Report on vaccination for the Province of Oudh 1873 -
Year: 1873
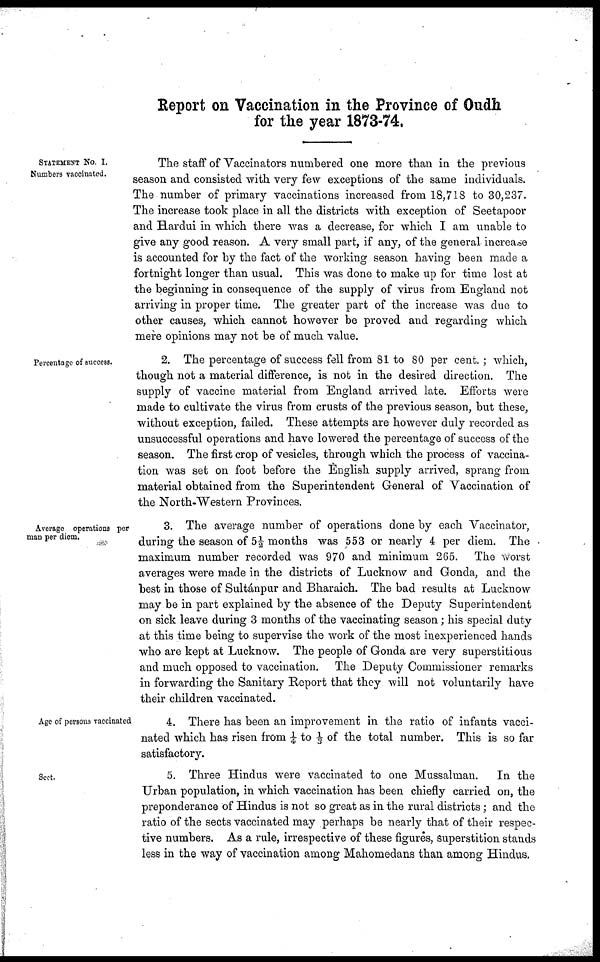
Report on Vaccination in the Province of Oudh
for the year 1873-74.
STATEMENT No. I.
Numbers vaccinated.
The staff of Vaccinators numbered one more than in the previous
season and consisted with very few exceptions of the same individuals.
The number of primary vaccinations increased from 18,718 to 30,237.
The increase took place in all the districts with exception of Seetapoor
and Hardui in which there was a decrease, for which I am unable to
give any good reason. A very small part, if any, of the general increase
is accounted for by the fact of the working season having been made a
fortnight longer than usual. This was done to make up for time lost at
the beginning in consequence of the supply of virus from England not
arriving in proper time. The greater part of the increase was due to
other causes, which cannot however be proved and regarding which
mere opinions may not be of much value.
Percentage of success.
2. The percentage of success fell from 81 to 80 per cent. ; which,
though not a material difference, is not in the desired direction. The
supply of vaccine material from England arrived late. Efforts were
made to cultivate the virus from crusts of the previous season, but these,
without exception, failed. These attempts are however duly recorded as
unsuccessful operations and have lowered the percentage of success of the
season. The first crop of vesicles, through which the process of vaccina
tion was set on foot before the English supply arrived, sprang from
material obtained from the Superintendent General of Vaccination of
the North-Western Provinces.
Average operations per
man per diem.
3. The average number of operations done by each Vaccinator,
during the season of 5½ months was 553 or nearly 4 per diem. The
maximum number recorded was 970 and minimum 265. The worst
averages were made in the districts of Lucknow and Gonda, and the
best in those of Sultánpur and Bharaich. The bad results at Lucknow
may be in part explained by the absence of the Deputy Superintendent
on sick leave during 3 months of the vaccinating season; his special duty
at this time being to supervise the work of the most inexperienced hands
who are kept at Lucknow. The people of Gonda are very superstitious
and much opposed to vaccination. The Deputy Commissioner remarks
in forwarding the Sanitary Report that they will not voluntarily have
their children vaccinated.
Age of persons vaccinated
4. There has been an improvement in the ratio of infants vacci
nated which has risen from ¼ to ⅓ of the total number. This is so far
satisfactory.
Sect.
5. Three Hindus were vaccinated to one Mussalman.
In the
Urban population, in which vaccination has been chiefly carried on, the
preponderance of Hindus is not so great as in the rural districts; and the
ratio of the sects vaccinated may perhaps be nearly that of their respec
tive numbers. As a rule, irrespective of these figures, superstition stands
less in the way of vaccination among Mahomedans than among Hindus.